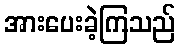
အားပေးခဲ့ကြသည်